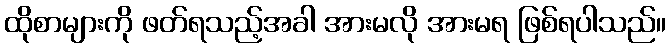
ထိုစာများကို ဖတ်ရသည့်အခါ အားမလို အားမရ ဖြစ်ရပါသည်။